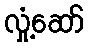
လှုံ့ဆော်